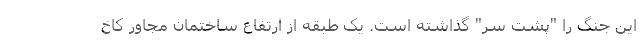
این جنگ را "پشت سر" گذاشته است. یک طبقه از ارتفاع ساختمان مجاور کاخ